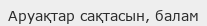
Аруақтар сақтасын, балам